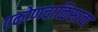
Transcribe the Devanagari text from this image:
एकोणचाळिसावा